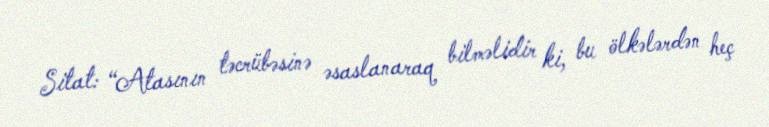
Sitat: “Atasının təcrübəsinə əsaslanaraq bilməlidir ki, bu ölkələrdən heç